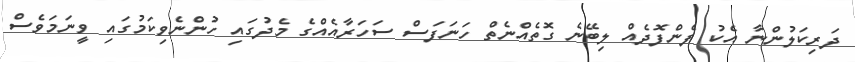
ދަރިކަލުންނާ އެކު ފެންފޮދެއް ލިބޭނެ ގޮތެއްނެތް ހަނަފަސް ސަހަރާއެއްގެ މެދުގައި ހުންނެވިކަމުގައި ވީނަމަވެސް